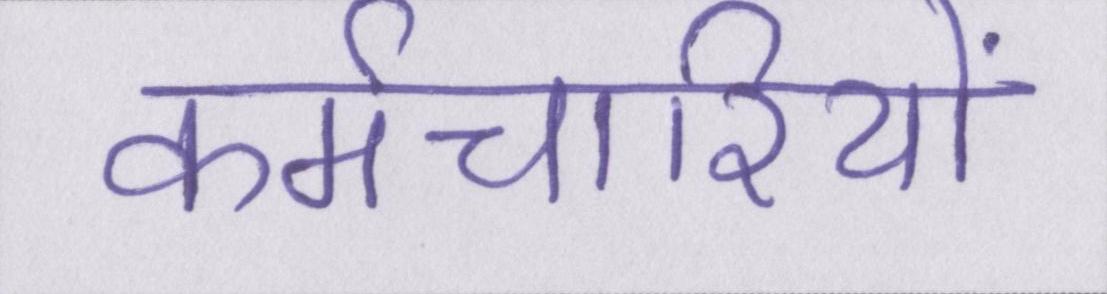
कर्मचारियों